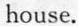
house.